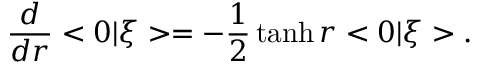
\frac { d } { d r } < 0 | \xi > = - \frac { 1 } { 2 } \operatorname { t a n h } r < 0 | \xi > .